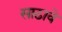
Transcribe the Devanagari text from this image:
साठावे